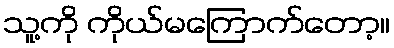
သူ့ကို ကိုယ်မကြောက်တော့။